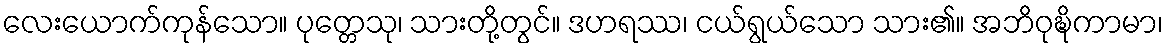
လေးယောက်ကုန်သော။ ပုတ္တေသု၊ သားတို့တွင်။ ဒဟရဿ၊ ငယ်ရွယ်သော သား၏။ အဘိဝုဍ္ဎိကာမာ၊